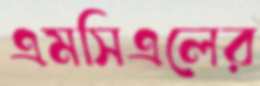
এমসিএলের